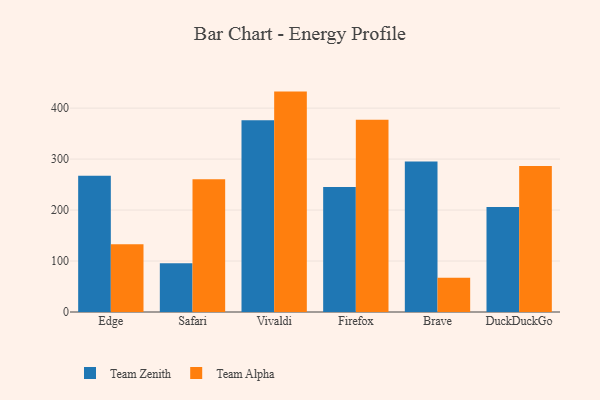
{"axis": {"x": "Browser", "y": "Demand Index"}, "legend": ["Team Alpha", "Team Zenith"], "data": [{"x": "Edge", "y": 267.1, "type": "Team Zenith"}, {"x": "Edge", "y": 132.8, "type": "Team Alpha"}, {"x": "Safari", "y": 95.5, "type": "Team Zenith"}, {"x": "Safari", "y": 260.5, "type": "Team Alpha"}, {"x": "Vivaldi", "y": 376.0, "type": "Team Zenith"}, {"x": "Vivaldi", "y": 432.4, "type": "Team Alpha"}, {"x": "Firefox", "y": 245.3, "type": "Team Zenith"}, {"x": "Firefox", "y": 377.0, "type": "Team Alpha"}, {"x": "Brave", "y": 295.4, "type": "Team Zenith"}, {"x": "Brave", "y": 67.4, "type": "Team Alpha"}, {"x": "DuckDuckGo", "y": 206.2, "type": "Team Zenith"}, {"x": "DuckDuckGo", "y": 286.3, "type": "Team Alpha"}]}